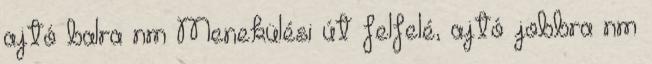
ajtó balra nm Menekülési út felfelé, ajtó jobbra nm